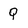
Character: Q